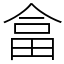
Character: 畣